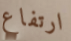
ارتفاع